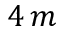
4 \, m